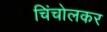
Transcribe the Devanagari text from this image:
चिंचोलकर